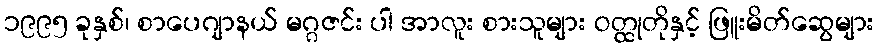
၁၉၉၅ ခုနှစ်၊ စာပေဂျာနယ် မဂ္ဂဇင်း ပါ အာလူး စားသူများ ဝတ္ထုတိုနှင့် ဖြူးမိတ်ဆွေများ